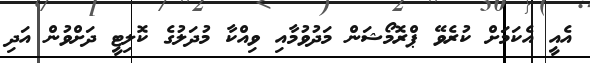
އެއީ އެކަމަށް ކުރެވޭ ޕްރޮމޯޝަން މަދުވުމާއި ވިއްކާ މުދަލުގެ ކޮލިޓީ ދަށްވުން އަދި